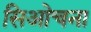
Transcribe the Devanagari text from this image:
सिओचना